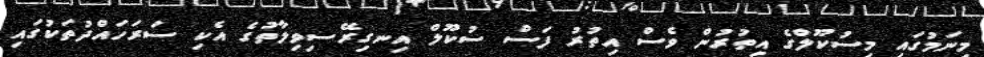
މިނަމުގައި މިސުކޫލްގެ އިތުރުން ވެސް އިތުރު ފަސް ސުކޫލް އިނގިރޭސިވިލާތުގެ އެކި ސަރަހައްދުތަކުގައި